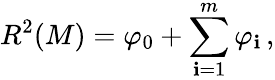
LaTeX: R^{2}(M)=\varphi_{0}+\sum_{\mathbf{i}=1}^{m}\varphi_{\mathbf{i}}\, ,